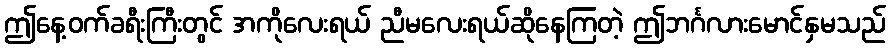
ဤနေ့ဝက်ခရီးကြီးတွင် အကိုလေးရယ် ညီမလေးရယ်ဆိုနေကြတဲ့ ဤဘင်္ဂလားမောင်နှမသည်